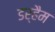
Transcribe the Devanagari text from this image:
डर्हैम